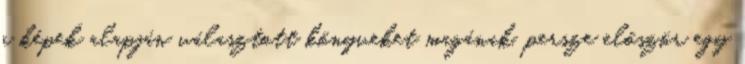
a képek alapján választott könyveket magának, persze először egy